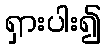
ရှားပါး၍